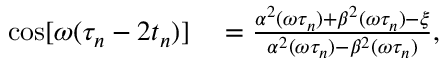
\begin{array} { r l } { \cos [ \omega ( \tau _ { n } - 2 t _ { n } ) ] } & { { } = \frac { \alpha ^ { 2 } ( \omega \tau _ { n } ) + \beta ^ { 2 } ( \omega \tau _ { n } ) - \xi } { \alpha ^ { 2 } ( \omega \tau _ { n } ) - \beta ^ { 2 } ( \omega \tau _ { n } ) } , } \end{array}